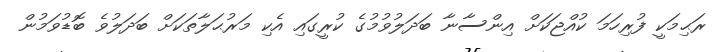
ރަޙިމަކީ ފުރިހަމަ ކުއްޖަކަށް އިންސާނާ ބަދަލުވުމުގެ ކުރީގައި އެކި މަރުޙަލާތަކަށް ބަދަލުވެ ބޮޑުވަމުން